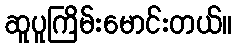
ဆူပူကြိမ်းမောင်းတယ်။